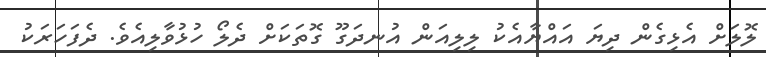
ލޮލަށް އެޅިގެން ދިޔަ އައްޔާއެކު ލިލިއަން އުނދަގޫ ގޮތަކަށް ދެލޯ ހުޅުވާލިއެވެ. ދެފަހަރަކު